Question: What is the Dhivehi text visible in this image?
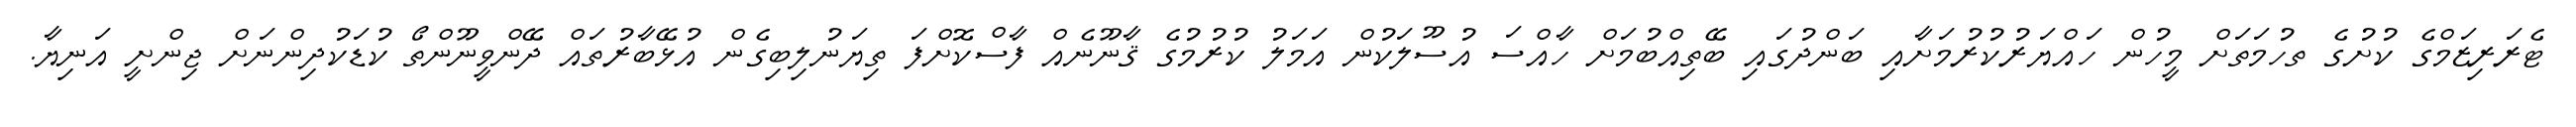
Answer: ޓެރަރިޒަމްގެ ކުށުގެ ތހުމަތަށް މީހުން ހައްޔަރުކުރުމަށާއި ބަންދުގައި ބޭތިއްބުމަށް ހާއްސަ އުސޫލަކުން އަމަލު ކުރުމުގެ ޤާނޫނެއް ފާސްކޮށްފަ ތިޔަނުލިބިގެން އުޅޭބާރުތައް ދޭންވީނޫންތޯ ކުޑަކުދިންނަށް ޖިންށީ އަނިޔާ.